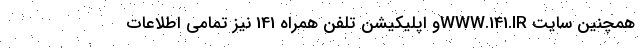
همچنین سایت WWW.141.IRو اپلیکیشن تلفن همراه 141 نیز تمامی اطلاعات